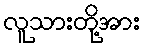
လူသားတို့အား